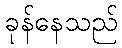
ခုန်နေသည်